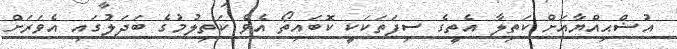
އުޟްޙިއްޔާއަށް ކަތިލާ އެތީގެ ސިފަތަކަކީ ކޮބައިތޯ އެވެ ކަތިލުމުގެ ބަދަލުގައި އެވަރަށް